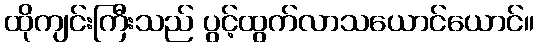
ထိုကျင်းကြီးသည် ပွင့်ထွက်လာသယောင်ယောင်။